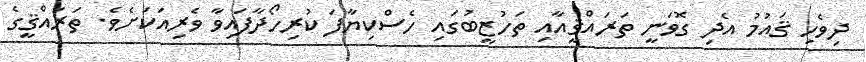
ދިވެހި ޤައުމު އެދި ގޮވަނީ ތަރައްޤީއާއި ތަހުޒީބުގައި ހެސްކިޔާފަ ކުރިހޯދާފައިވާ ވެރިއަކަށެވެ. ތަރައްޤީގެ